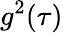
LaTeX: g^{2}(\tau)